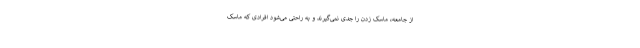
از جامعه، ماسک زدن را جدی نمی‌گیرند و به راحتی می‌شود افرادی که ماسک